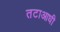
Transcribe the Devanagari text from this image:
तटाआधी